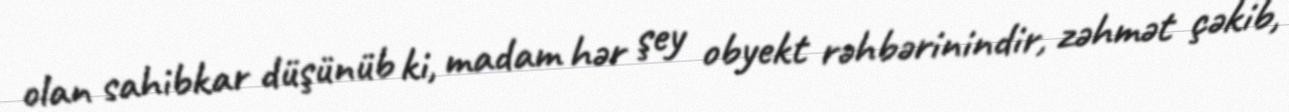
olan sahibkar düşünüb ki, madam hər şey obyekt rəhbərinindir, zəhmət çəkib,